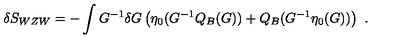
\delta S _ { W Z W } = - \int G ^ { - 1 } \delta G \left( \eta _ { 0 } ( G ^ { - 1 } Q _ { B } ( G ) ) + Q _ { B } ( G ^ { - 1 } \eta _ { 0 } ( G ) ) \right) \ .